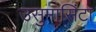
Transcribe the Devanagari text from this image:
उसुमासिंटा